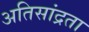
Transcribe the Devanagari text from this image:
अतिसांद्रता